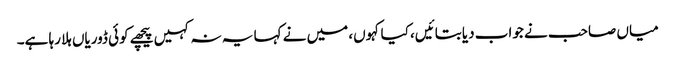
میاں صاحب نے جواب دیا بتائیں، کیا کہوں، میں نے کہا یہ نہ کہیں پیچھے کوئی ڈوریاں ہلا رہا ہے۔